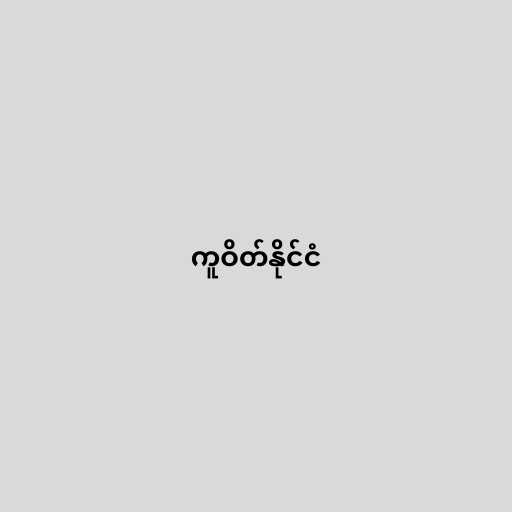
ကူဝိတ်နိုင်ငံ